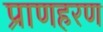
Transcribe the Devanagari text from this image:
प्राणहरण